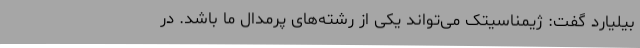
بیلیارد گفت: ژیمناسیتک می‌تواند یکی از رشته‌های پرمدال ما باشد. در